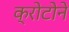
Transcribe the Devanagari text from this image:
क्रोटोने